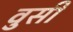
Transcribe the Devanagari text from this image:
वुसी